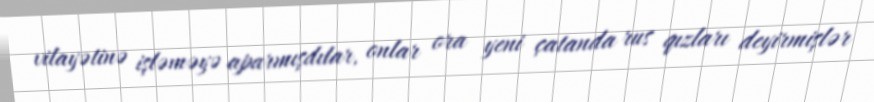
vilayətinə işləməyə aparmışdılar, onlar ora yeni çatanda rus qızları deyirmişlər